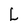
Character: L